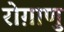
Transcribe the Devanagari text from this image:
रोग़ाणु